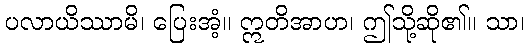
ပလာယိဿာမိ၊ ပြေးအံ့။ ဣတိအာဟ၊ ဤသို့ဆို၏။ သာ၊